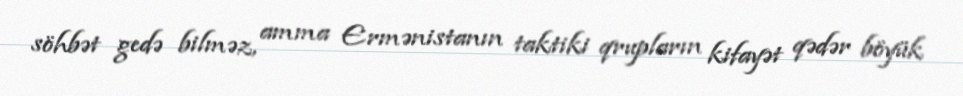
söhbət gedə bilməz, amma Ermənistanın taktiki qrupların kifayət qədər böyük